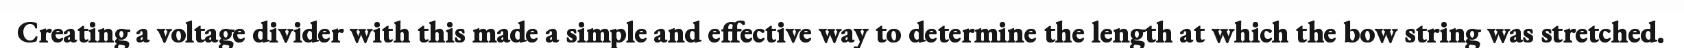
Creating a voltage divider with this made a simple and effective way to determine the length at which the bow string was stretched.